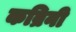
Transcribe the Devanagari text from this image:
कब्रिनी